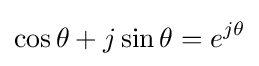
\cos \theta +j\sin \theta =e^{j\theta }